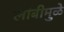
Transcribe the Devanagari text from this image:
लांबीमुळे